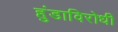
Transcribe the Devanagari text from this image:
हुंडाविरोधी